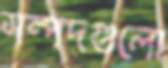
সম্পদগুলো